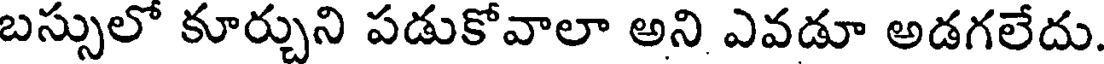
బస్సులో కూర్చుని పడుకోవాలా అని ఎవడూ అడగలేదు